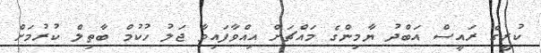
ކުރީގެ ރައީސް އަބްދު ޔާމިންގެ މައްޗަށް އިއްވާފައިވާ ޖަލު ހުކުމް ބާތިލް ކުރުމަށް